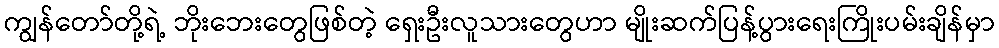
ကျွန်တော်တို့ရဲ့ ဘိုးဘေးတွေဖြစ်တဲ့ ရှေးဦးလူသားတွေဟာ မျိုးဆက်ပြန့်ပွားရေးကြိုးပမ်းချိန်မှာ